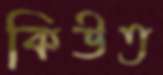
কিউত